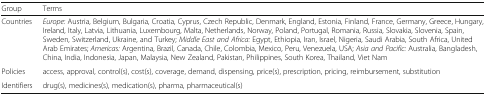
| Group | Terms |
 | --- | --- |
 | Countries | Europe: Austria, Belgium, Bulgaria, Croatia, Cyprus, Czech Republic, Denmark, England, Estonia, Finland, France, Germany, Greece, Hungary, Ireland, Italy, Latvia, Lithuania, Luxembourg, Malta, Netherlands, Norway, Poland, Portugal, Romania, Russia, Slovakia, Slovenia, Spain, Sweden, Switzerland, Ukraine, and Turkey; Middle East and Africa: Egypt, Ethiopia, Iran, Israel, Nigeria, Saudi Arabia, South Africa, United Arab Emirates; Americas: Argentina, Brazil, Canada, Chile, Colombia, Mexico, Peru, Venezuela, USA; Asia and Pacific: Australia, Bangladesh, China, India, Indonesia, Japan, Malaysia, New Zealand, Pakistan, Philippines, South Korea, Thailand, Viet Nam |
 | Policies | access, approval, control(s), cost(s), coverage, demand, dispensing, price(s), prescription, pricing, reimbursement, substitution |
 | Identifiers | drug(s), medicines(s), medication(s), pharma, pharmaceutical(s) |